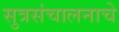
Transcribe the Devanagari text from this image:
सुत्रसंचालनाचे